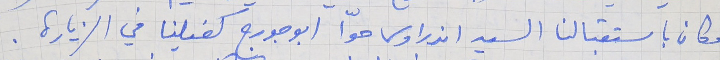
وكان باستقبالنا السيد اندراوس حوّا ابو جورج كفيلنا في الزيارة .